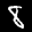
Label: 8